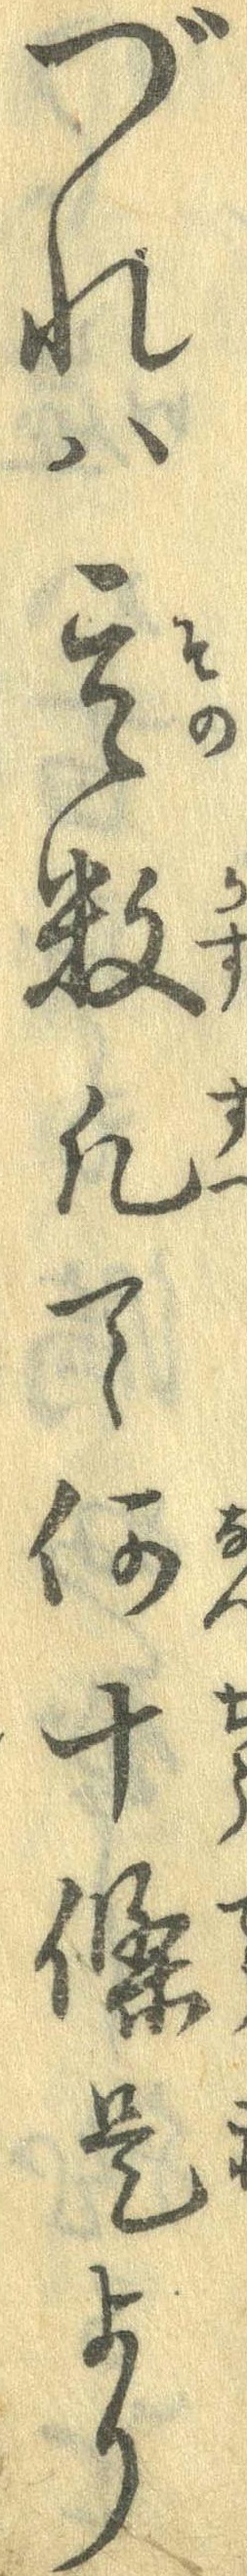
づれは其数几て何十条是より